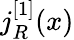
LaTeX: j_{R}^{[1]}(x)